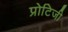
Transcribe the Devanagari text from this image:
प्रोटिजी